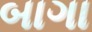
બાગા